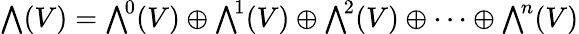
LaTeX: {\textstyle\bigwedge}(V)={\textstyle\bigwedge}^{\! 0}(V)\oplus{\textstyle\bigwedge}^{\! 1}(V)\oplus{\textstyle\bigwedge}^{\! 2}(V)\oplus\cdots\oplus{\textstyle\bigwedge}^{\! n}(V)